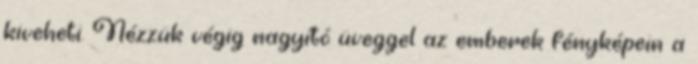
kiveheti. Nézzük végig nagyító üveggel az emberek fényképein a